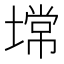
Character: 𰊠